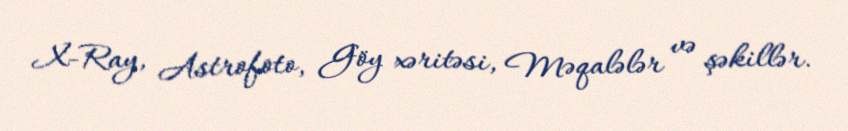
X-Ray, Astrofoto, Göy xəritəsi, Məqalələr və şəkillər.